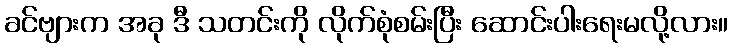
ခင်ဗျားက အခု ဒီ သတင်းကို လိုက်စုံစမ်းပြီး ဆောင်းပါးရေးမလို့လား။